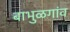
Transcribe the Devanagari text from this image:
बाभुळगांव